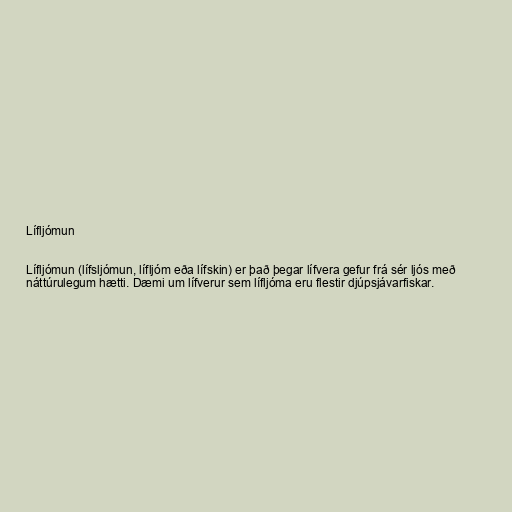
Lífljómun

Lífljómun (lífsljómun, lífljóm eða lífskin) er það þegar lífvera gefur frá sér ljós með
náttúrulegum hætti. Dæmi um lífverur sem lífljóma eru flestir djúpsjávarfiskar.